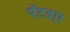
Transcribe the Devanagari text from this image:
पेंटदार